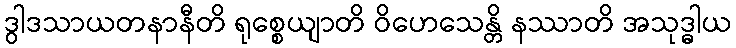
ဒွါဒသာယတနာနီတိ ရုစ္စေယျာတိ ဝိဟေသေန္တိ နဿာတိ အသုဒ္ဓါယ